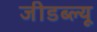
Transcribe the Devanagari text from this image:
जीडब्ल्यू